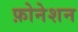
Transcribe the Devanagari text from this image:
फ़ोनेशन